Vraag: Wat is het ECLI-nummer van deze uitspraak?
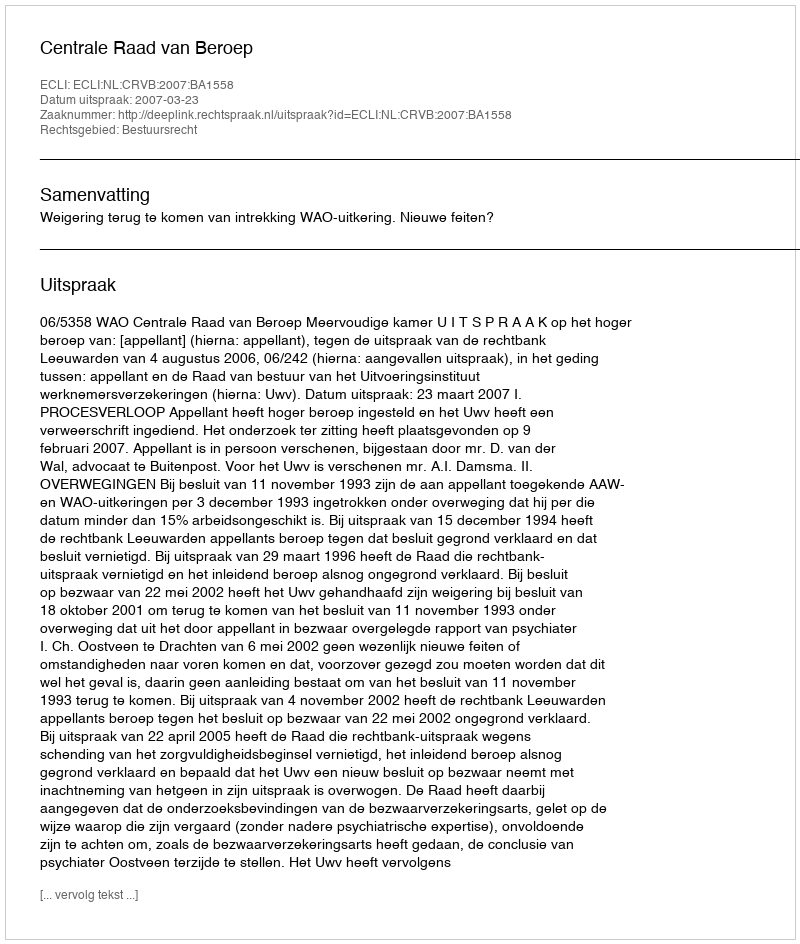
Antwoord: ECLI:NL:CRVB:2007:BA1558